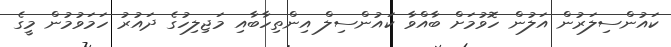
ކައުންސިލަރުން އަލުން ހޮވުމަށް ބާއްވާ ކައުންސިލް އިންތިހާބާއި މަޖިލިހުގެ ދައުރު ހަމަވުމުން މީގެ